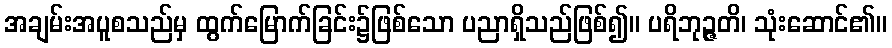
အချမ်းအပူစသည်မှ ထွက်မြောက်ခြင်း၌ဖြစ်သော ပညာရှိသည်ဖြစ်၍။ ပရိဘုဉ္ဇတိ၊ သုံးဆောင်၏။